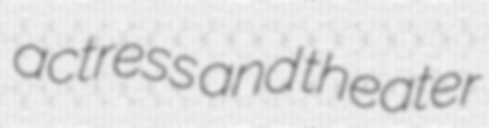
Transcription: actress and theater